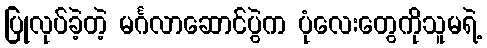
ပြုလုပ်ခဲ့တဲ့ မင်္ဂလာဆောင်ပွဲက ပုံလေးတွေကိုသူမရဲ့